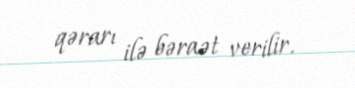
qərarı ilə bəraət verilir.